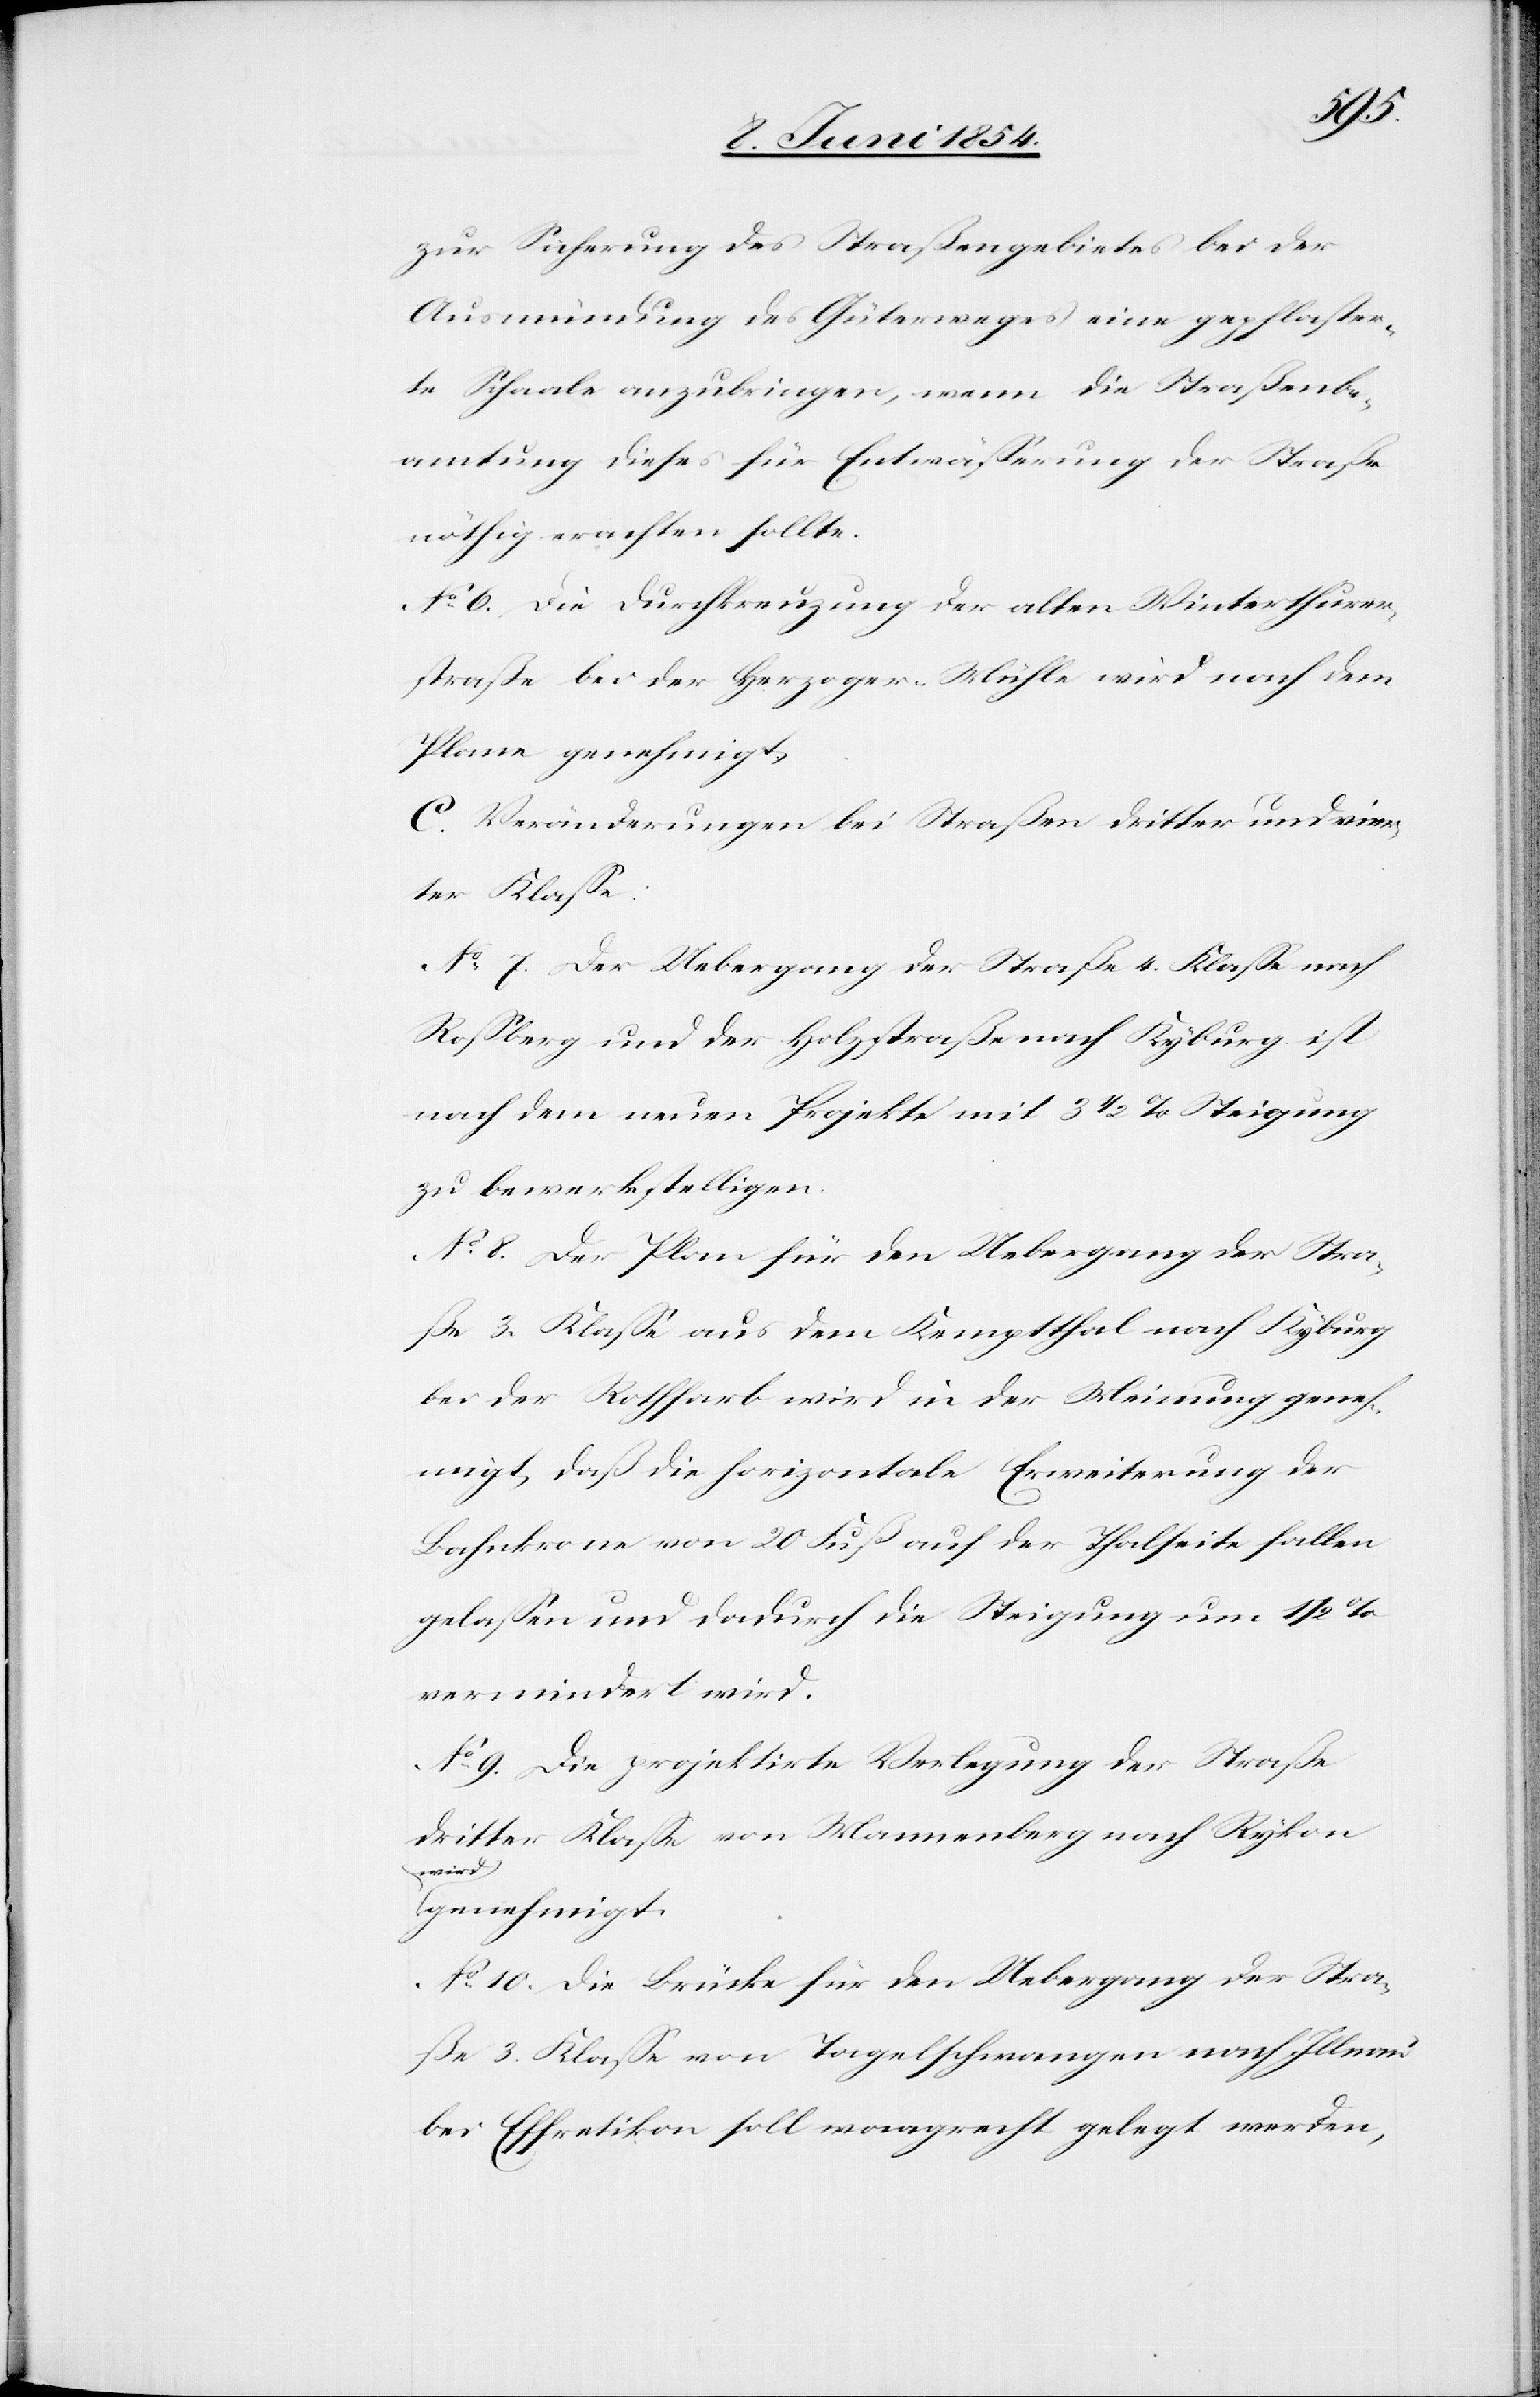
zur Sicherung des Straßengebietes bei der
Ausmündung des Güterweges eine gepflaster¬
te Schaale anzubringen, wenn die Straßenbe¬
amtung dieses für Entwäßerung der Straße
nöthig erachten sollte.
No 6. Die Durchkreuzung der alten Winterthurer¬
straße bei der Herzoger-Mühle wird nach dem
Plane genehmigt.
C. Veränderungen bei Straßen dritter und vier¬
ter Klaße:
No 7. Der Uebergang der Straße 4. Klaße nach
Roßberg und der Holzstraße nach Kyburg ist
nach dem neuen Projekte mit 3 1/2 % Steigung
zu bewerkstelligen.
No 8. Der Plan für den Uebergang der Stra¬
ße 3. Klaße aus dem Kemptthal nach Kyburg
bei der Rothfarb wird in der Meinung geneh¬
migt, daß die horizontale Erweiterung der
Bahnkrone von 20 Fuß auf der Thalseite fallen
gelaßen und dadurch die Steigung um 1/2
vermindert wird.
No 9. Die projektirte Verlegung der Straße
dritter Klaße von Mannenberg nach Rykon
a-wird-a
genehmigt.
No 10. Die Brücke für den Uebergang der Stra¬
ße 3. Klaße von Tagelschwangen nach Illnau
bei Effretikon soll waagrecht gelegt werden,